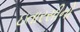
ઇતારસીનો